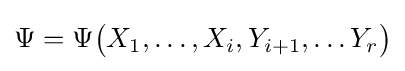
\Psi =\Psi {\big (}X_{1},\dots ,X_{i},Y_{i+1},\dots Y_{r}{\big )}